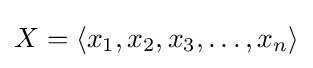
X=\langle x_{1},x_{2},x_{3},\dots ,x_{n}\rangle